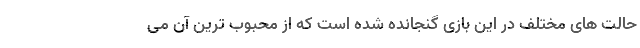
حالت های مختلف در این بازی گنجانده شده است که از محبوب ترین آن می